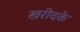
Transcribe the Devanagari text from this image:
खरीदके